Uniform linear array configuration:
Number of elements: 64
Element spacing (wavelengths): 0.5
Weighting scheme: uniform
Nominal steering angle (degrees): -15
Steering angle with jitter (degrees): -13.501
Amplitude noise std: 0.05
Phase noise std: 0.05

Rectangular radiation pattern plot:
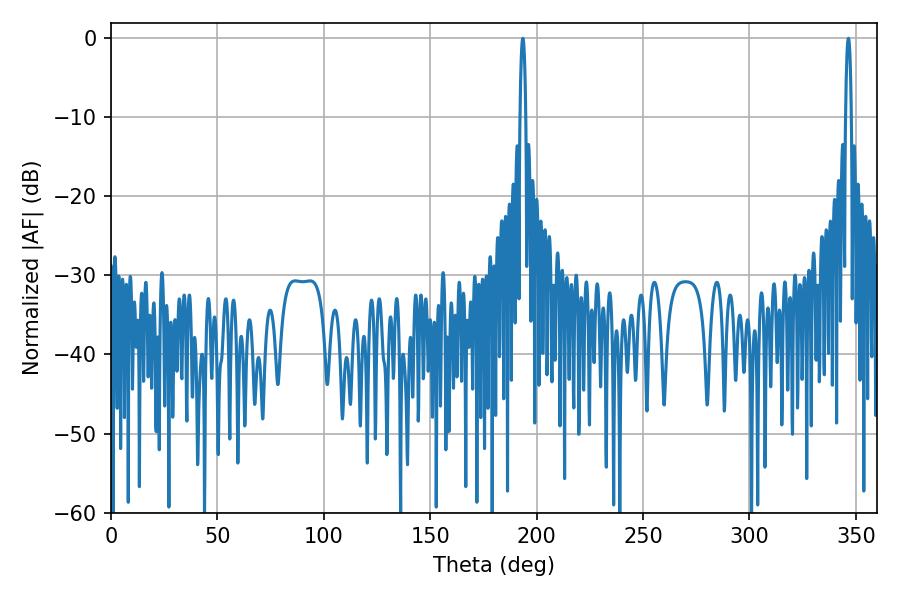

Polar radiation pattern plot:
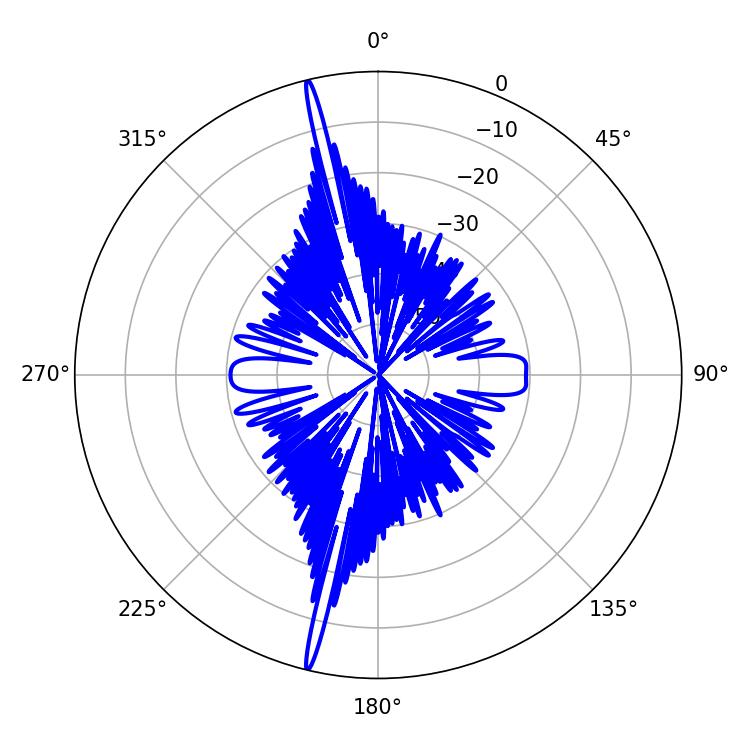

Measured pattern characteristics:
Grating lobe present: FALSE
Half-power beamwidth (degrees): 1.44
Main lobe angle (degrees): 193.5